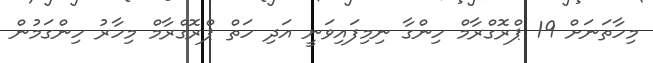
މިހާތަނަށް 19 ޕްރޮގްރާމް ހިންގާ ނިމިފައިވަނީ އަދި ހަތް ޕްރޮގްރާމް މިހާރު ހިންގަމުން